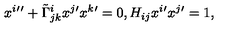
x ^ { i } { ' ^ { \prime } } + \tilde { \Gamma } _ { j k } ^ { i } x ^ { j } { ' } x ^ { k } { ' } = 0 , H _ { i j } x ^ { i } { ' } x ^ { j } { ' } = 1 ,